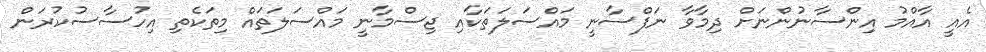
އެއީ އާއްމު އިންސާނުންނަށް ދިމާވާ ނަފްސާނީ މައްސަލަތަކާއި ޖިސްމާނީ މައްސަލަތައް މިތަކެތި އިހުސާސުކުރަން